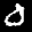
Label: 0